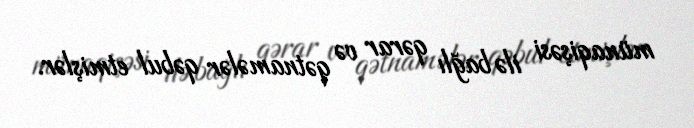
münaqişəsi ilə bağlı qərar və qətnamələr qəbul etmişlər.